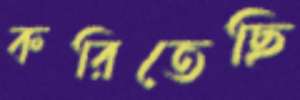
করিতেছি